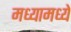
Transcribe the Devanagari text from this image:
मध्यामध्ये